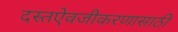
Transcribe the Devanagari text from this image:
दस्तऐवजीकरणासाठी